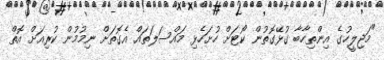
"މަޖިލީހުގެ އިންތިހާބާ ގުޅޭގޮތުން ކޯޓަށް ހުށަހެޅި މައްސަލަތައް އެގޮތަށް ނިމުމުން ކުރިއަށް އޮތް